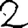
Digit: 2